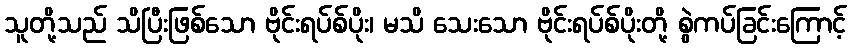
သူတို့သည် သိပြီးဖြစ်သော ဗိုင်းရပ်စ်ပိုး၊ မသိ သေးသော ဗိုင်းရပ်စ်ပိုးတို့ စွဲကပ်ခြင်းကြောင့်